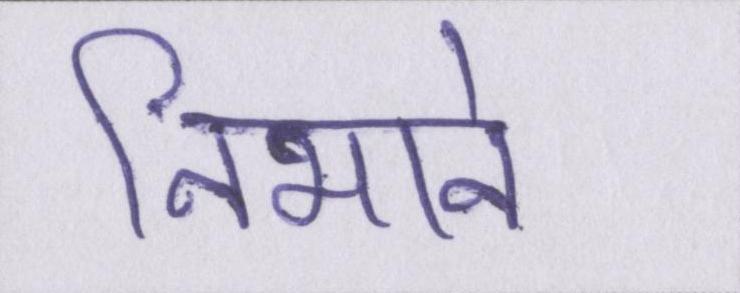
निभाने